Annual report of the Bengal Veterinary College and of the Civil Veterinary Department, Bengal, for the year 1908-1909 - 1908-1909
Year: 1908
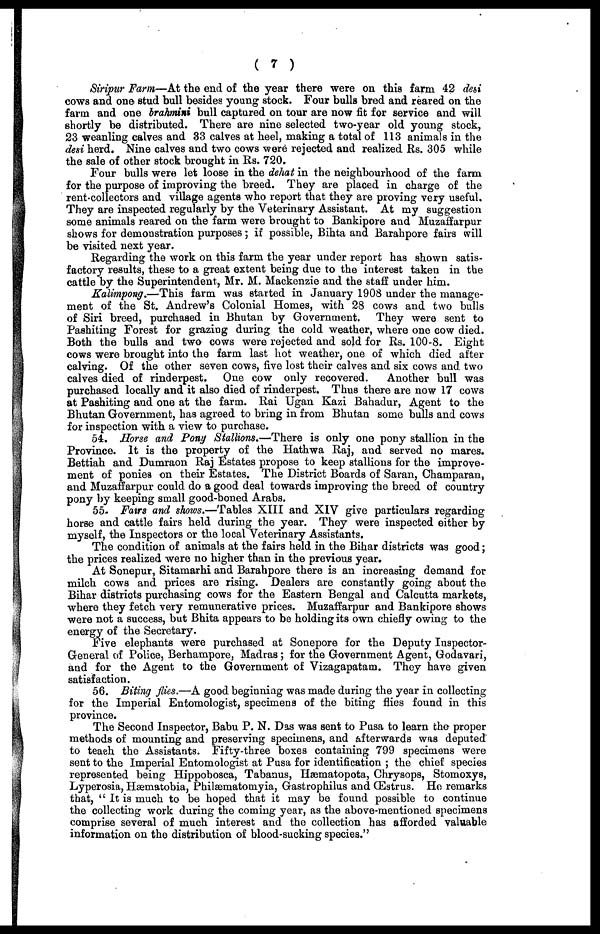
( 7 )
Siripur Farm—At the end of the year there were on this farm 42 desi
cows and one stud bull besides young stock. Four bulls bred and reared on the
farm and one brahmini bull captured on tour are now fit for service and will
shortly be distributed. There are nine selected two-year old young stock,
23 weanling calves and 33 calves at heel, making a total of 113 animals in the
desi herd. Nine calves and two cows were rejected and realized Rs. 305 while
the sale of other stock brought in Rs. 720.
Four bulls were let loose in the dehat in the neighbourhood of the farm
for the purpose of improving the breed. They are placed in charge of the
rent collectors and village agents who report that they are proving very useful.
They are inspected regularly by the Veterinary Assistant. At my suggestion
some animals reared on the farm were brought to Bankipore and Muzaffarpur
shows for demonstration purposes; if possible, Bihta and Barahpore fairs will
be visited next year.
Regarding the work on this farm the year under report has shown satis-
factory results, these to a great extent being due to the interest taken in the
cattle by the Superintendent, Mr. M. Mackenzie and the staff under him.
Kalimpong.—This farm was started in January 1908 under the manage-
ment of the St. Andrew's Colonial Homes, with 28 cows and two bulls
of Siri breed, purchased in Bhutan by Government. They were sent to
Pashiting Forest for grazing during the cold weather, where one cow died.
Both the bulls and two cows were rejected and sold for Rs. 100-8. Eight
cows were brought into the farm last hot weather, one of which died after
calving. Of the other seven cows, five lost their calves and six cows and two
calves died of rinderpest. One cow only recovered.
Another bull was
purchased locally and it also died of rinderpest. Thus there are now 17 cows
at Pashiting and one at the farm. Rai Ugan Kazi Bahadur, Agent to the
Bhutan Government, has agreed to bring in from Bhutan some bulls and cows
for inspection with a view to purchase.
54. Horse and Pony Stallions.—There is only one pony stallion in the
Province. It is the property of the Hathwa Raj, and served no mares.
Bettiah and Dumraon Raj Estates propose to keep stallions for the improve-
ment of ponies on their Estates. The District Boards of Saran, Champaran,
and Muzaffarpur could do a good deal towards improving the breed of country
pony by keeping small good-boned Arabs.
55. Fairs and shows.—Tables XIII and XIV give particulars regarding
horse and cattle fairs held during the year. They were inspected either by
myself, the Inspectors or the local Veterinary Assistants.
The condition of animals at the fairs held in the Bihar districts was good;
the prices realized were no higher than in the previous year.
At Sonepur, Sitamarhi and Barahpore there is an increasing demand for
milch cows and prices are rising. Dealers are constantly going about the
Bihar districts purchasing cows for the Eastern Bengal and Calcutta markets,
where they fetch very remunerative prices. Muzaffarpur and Bankipore shows
were not a success, but Bhita appears to be holding its own chiefly owing to the
energy of the Secretary.
Five elephants were purchased at Sonepore for the Deputy Inspector-
General of Police, Berhampore, Madras; for the Government Agent, Godavari,
and for the Agent to the Government of Vizagapatam. They have given
satisfaction.
56. Biting flies.—A good beginning was made during the year in collecting
for the Imperial Entomologist, specimens of the biting flies found in this
province.
The Second Inspector, Babu P. N. Das was sent to Pusa to learn the proper
methods of mounting and preserving specimens, and afterwards was deputed"
to teach the Assistants. Fifty-three boxes containing 799 specimens were
sent to the Imperial Entomologist at Pusa for identification ; the chief species
represented being Hippobosca, Tabanus, Hæmatopota, Chrysops, Stomoxys,
Lyperosia, Hæmatobia, Philæmatoniyia, Gastrophilus and Œstrus. He remarks
that, "It is much to be hoped that it may be found possible to continue
the collecting work during the coming year, as the above-mentioned specimens
comprise several of much interest and the collection has afforded valuable
information on the distribution of blood-sucking species.''